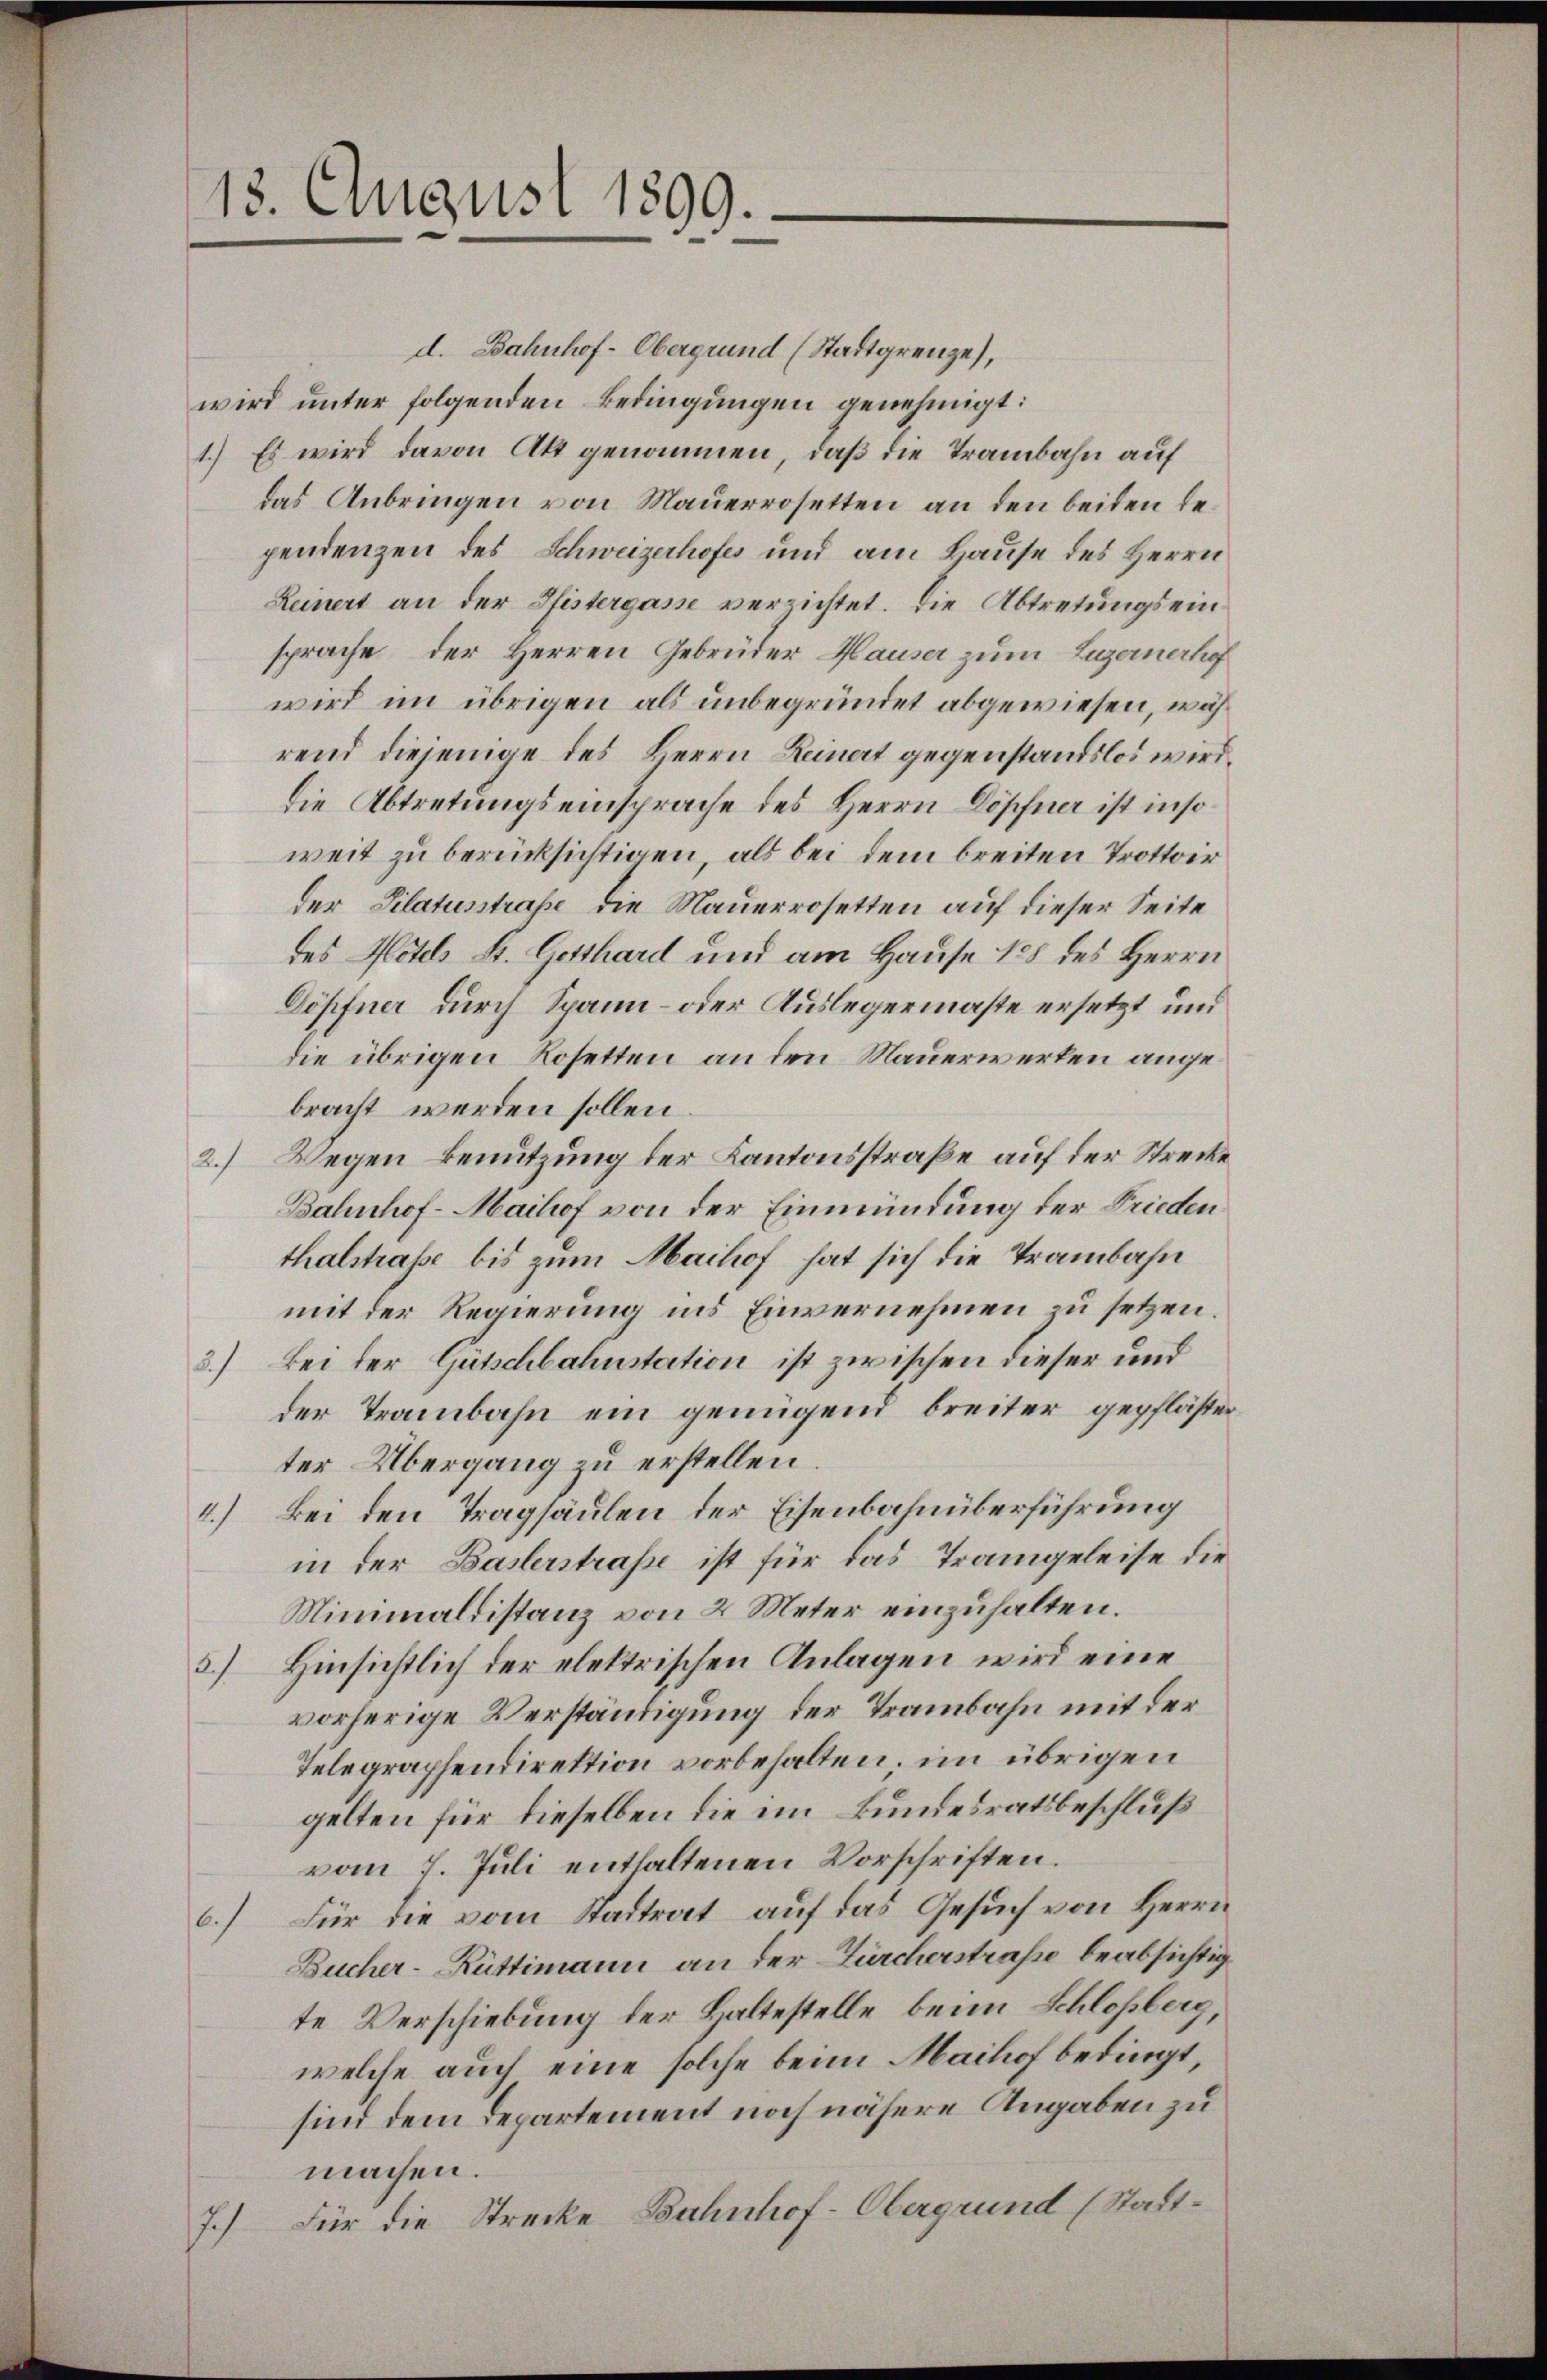
18. August 1899.

d. Bahnhof-Obergrund (Stadtgrenze),
wird unter folgenden Bedingungen genehmigt:
1.) Es wird davon Akt genommen, daß die Trambahn auf
das Anbringen von Mauerrosetten an den beiten bependenzen des Schweizerhofes und am Hause des Herrn
Reinert an der Pfistergasse verzichtet. Die Abtretungseinsprache der Herren Gebrüder Hauser zum Luzernerhof
wird im übrigen als unbegründet abgewiesen, während diejenige des Herrn Reinert gegenstandslos wird.
die Abtretungseinsprache des Herrn Döpfner ist insoweit zu berücksichtigen, als bei dem breiten Trottoir
der Pilatusstrasse die Mauerrosetten auf dieser Seite
des Notels St. Gotthard und am Hause 18 des Herrn
Döpfner durch Spann- oder Auslegermaste ersetzt und
die übrigen Rosetten an den Mauerwerken angebracht werden sollen.
2.) Wegen Benutzung der Kantonsstraße auf der Strecke
Bahnhof-Maihof von der Einmündung der Frieden
thalstrasse bis zum Maihof hat sich die Trambahn
mit der Regierung ins Einvernehmen zu setzen.
3.) Bei der Gütschbahnstation ist zwischen dieser und
der Trambahn ein genügend breiter gepfläster
ter Übergang zu erstellen.
4.) Bei den Tragsäulen der Eisenbahnüberführung
in der Baslerstrasse ist für das Trangeleise die
Minimaldistanz von 2 Meter einzuhalten.
3.) Hinsichtlich der elektrischen Anlagen wird eine
vorherige Verständigung der Trambahn mit der
Telegraphendirektion vorbehalten, im übrigen
gelten für dieselben die im Bundesratsbeschluß
vom 7. Juli enthaltenen Vorschriften.
6.) Für die vom Stadtrat auf das Gesuch von Herrn
Bucher-Rüttimann an der Zürcherstraße beabsichtig
te Verschiebung der Haltestelle, beim Schloßberg,
welche auch eine solche beim Maihof bedingt,
sind dem Departement noch nähere Angaben zu
machen.
7.) Für die Strecke Bahnhof-Obergrund (Stadt¬